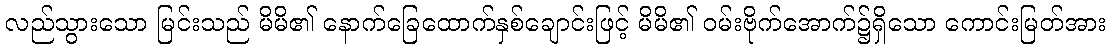
လည်သွားသော မြင်းသည် မိမိ၏ နောက်ခြေထောက်နှစ်ချောင်းဖြင့် မိမိ၏ ဝမ်းဗိုက်အောက်၌ရှိသော ကောင်းမြတ်အား